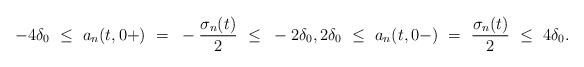
LaTeX: \begin{align*}-4\delta_0~\leq~a_n(t,0+)~=~-{\sigma_n(t)\over 2}~\leq~-2\delta_0,2\delta_0~\leq~a_n(t,0-)~=~{\sigma_n(t)\over 2}~\leq~4\delta_0.\end{align*}